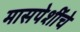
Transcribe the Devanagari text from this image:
मासपेशींचे